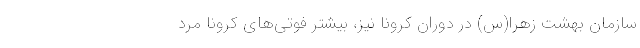
سازمان بهشت‌ زهرا(س) در دوران کرونا نیز، بیشتر فوتی‌های کرونا مرد